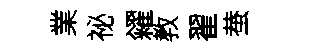
業祕糴教翟蛬